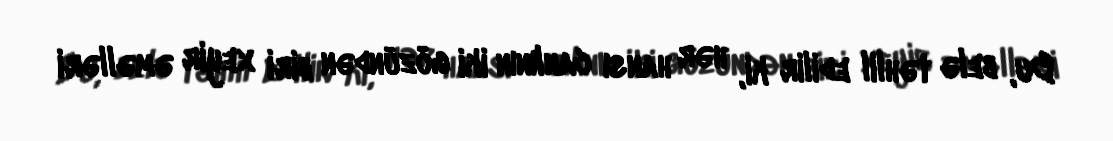
Bu, belə təhlil edilir ki, hər hansı canlının iki gözündən biri xeyir əməlləri